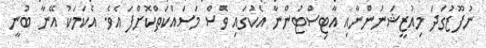
ނުފޫޒުގަދަ މިއުޒީޝަނުންނާއި އާޓިސްޓުންނާ އެކުގައި ވެސް މަސައްކަތްކޮށްފަ އެވެ. އެކަމަކު އޭނާ ބުނީ